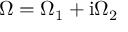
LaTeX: \Omega = \Omega _ { 1 } + \mathrm { i } \Omega _ { 2 }